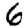
Digit: 6